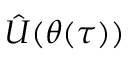
\hat { U } ( \boldsymbol { \theta } ( \tau ) )